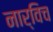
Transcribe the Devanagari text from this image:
नार्विच